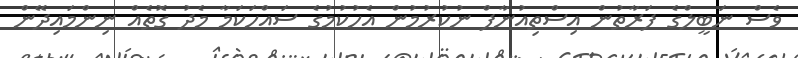
ވެސް ނަބީލްގެ ފަރާތުން އިސްތިއުނާފް ނުކުރުމުން އެހުކުމުގެ ސައްހަކަމާ މެދު ގޮތެއް ނިންމައިދޭން